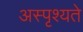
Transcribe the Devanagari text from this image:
अस्पृश्यते